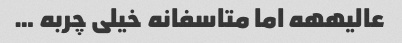
عالیههه اما متاسفانه خیلی چربه …